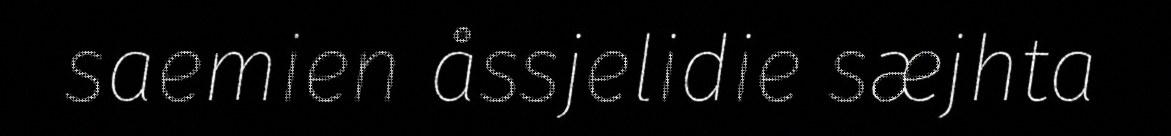
saemien åssjelidie sæjhta